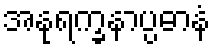
အနုရက္ခနာပ္ပဓာနံ